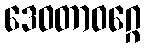
ဒေဝတာဝဂ္ဂေ